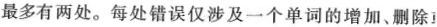
最多有两处。每处错误仅涉及一个单词的增加、删除